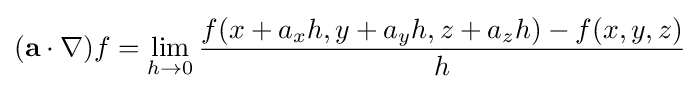
(\mathbf {a} \cdot \nabla )f=\lim _{h\to 0}{\frac {f(x+a_{x}h,y+a_{y}h,z+a_{z}h)-f(x,y,z)}{h}}